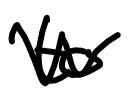
Text: to
Cross-out: zig-zag
Writing tool: digital_black